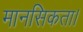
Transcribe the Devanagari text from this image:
मानसिकता।